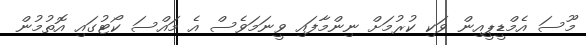
މޫސަ އެމްޑީޕީއިން ވަކި ކުރުމަށް ނިންމާފައި ވީނަމަވެސް އެ މައްސަ ކޯޓުގައި އޮތުމުން